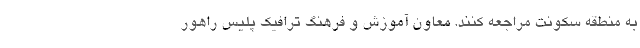
به منطقه سکونت مراجعه کنند. معاون آموزش و فرهنگ ترافیک پلیس راهور